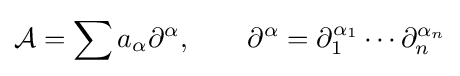
{\mathcal {A}}=\sum a_{\alpha }\partial ^{\alpha },\qquad \partial ^{\alpha }=\partial _{1}^{\alpha _{1}}\cdots \partial _{n}^{\alpha _{n}}